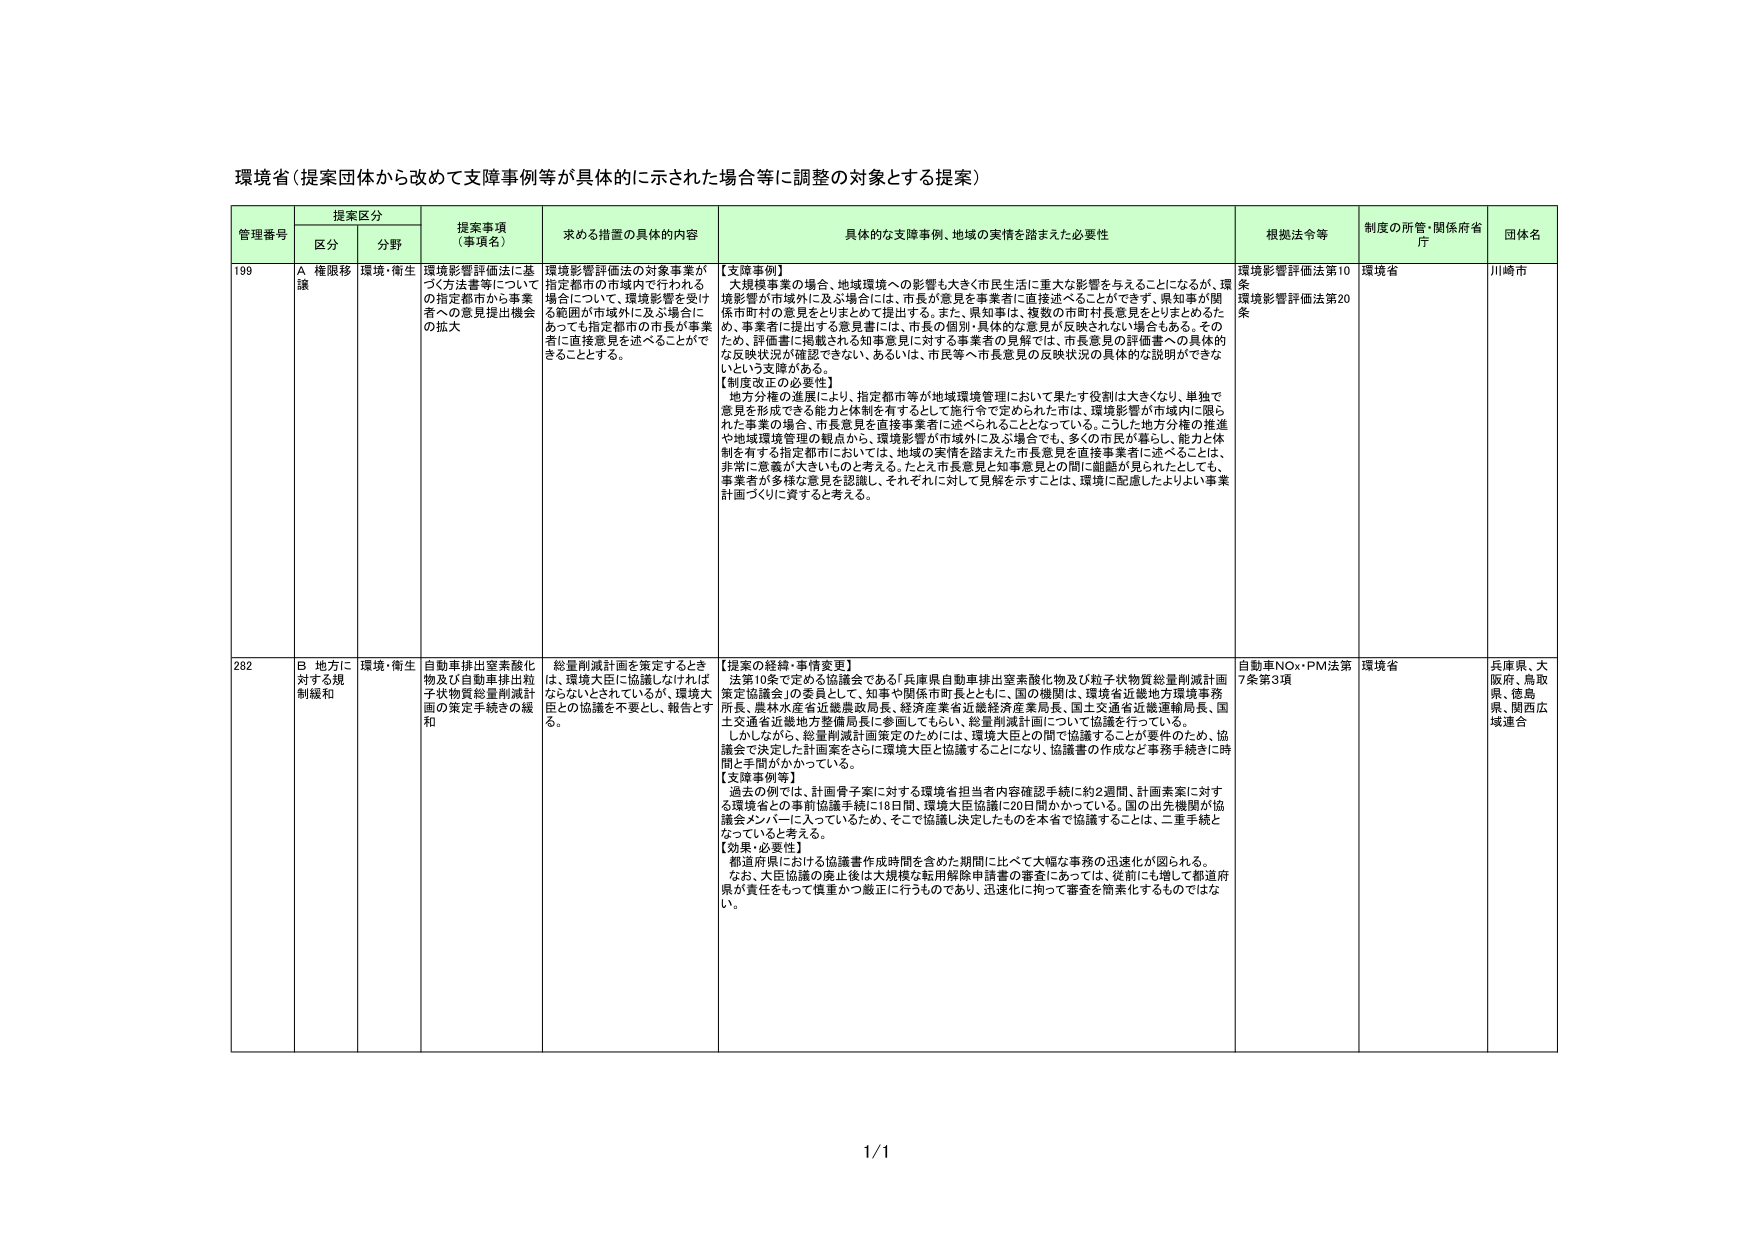
環境省（提案団体から改めて支援事例等が具体的に示された場合等に調整の対象とする提案）

提案区分
管理番号 区分 分野 提案事項（事項名） 求める措置の具体的内容 具体的な支援事例、地域の実情を踏まえた必要性 根拠法令等 制度の所管・関係府省庁 団体名

199 A 権限移譲 環境・衛生 環境影響評価法に基づく方法書等についての指定都市から事業者への意見提出機会の拡大 環境影響評価法の対象事業が指定都市の市域内で行われる場合について、環境影響を受ける範囲が市域外に及ぶ場合にあっても指定都市の市長が事業者に直接意見を述べることができる。 【支援事例】 大規模事業の場合、地域環境への影響も大きく（市民生活に重大な影響を与えることになるが、環境影響が市域外に及ぶ場合には、市長が意見を事業者に直接述べることができず、県知事が関係市町村の意見をとりまとめて提出する。また、県知事は、複数の市町村長意見をとりまとめるため、事業者に提出する意見書には、市長の個別・具体的な意見が反映されない場合もある。そのため、評価書に掲載される知事意見に対する事業者の見解では、市長意見の評価書への具体的な反映状況が確認できない、あるいは、市民等へ市長意見の反映状況の具体的な説明ができないという支障がある。 【制度改正の必要性】 地方分権の進展により、指定都市等が地域環境管理において果たす役割は大きくなり、単独で意見を形成できる能力と体制を有するとして施行令で定められた市は、環境影響が市域内に限られた事業の場合、市長意見を直接事業者に述べられることとなっている。こうした地方分権の推進や地域環境管理の観点から、環境影響が市域外に及ぶ場合でも、多くの市民が暮らし、能力と体制を有する指定都市においては、地域の実情を踏まえた市長意見を直接事業者に述べることは、非常に意義が大きいものと考える。たとえ市長意見と知事意見との間に齟齬が見られたとしても、事業者が多様な意見を認識し、それぞれに対して見解を示すことは、環境に配慮したよりよい事業計画づくりに資すると考える。 環境影響評価法第10条 環境影響評価法第20条 環境省 川崎市

282 B 地方に対する規制緩和 環境・衛生 自動車排出窒素酸化物及び自動車排出粒子状物質総量削減計画の策定手続きの緩和 総量削減計画を策定するときは、環境大臣に協議しなければならないとされているが、環境大臣との協議を不要とし、報告とする。 【提案の経緯・事情変更】 法第10条で定める協議会である「兵庫県自動車排出窒素酸化物及び粒子状物質総量削減計画策定協議会」の委員として、知事や関係市町長とともに、国の機関は、環境省近畿地方環境事務所長、農林水産省近畿農政局長、経済産業省近畿経済産業局長、国土交通省近畿運輸局長、国土交通省近畿地方整備局長に参画してもらい、総量削減計画について協議を行っている。 しかしながら、総量削減計画策定のためには、環境大臣との間で協議することが要件のため、協議会で決定した計画案をさらに環境大臣と協議することになり、協議書の作成など事務手続きに時間と手間がかかっている。 【文政事例等】 過去の例では、計画骨子案に対する環境省担当者内容確認手続に約2週間、計画案に対する環境省との事前協議手続に18日間、環境大臣協議に20日間かかっている。国の出先機関が協議会メンバーに入っているため、そこで協議し決定したものを本省で協議することは、二重手続となっていると考える。 【効果・必要性】 都道府県における協議書作成時間を含めた期間に比べて大幅な事務の迅速化が図られる。 なお、大臣協議の廃止後は大規模な転用解除申請書の審査にあっては、従前にも増して都道府県が責任をもって慎重かつ厳正に行うものであり、迅速化に拘って審査を簡素化するものではない。 自動車NOx・PM法第7条第3項 環境省 兵庫県、大阪府、鳥取県、徳島県、関西広域連合

1/1